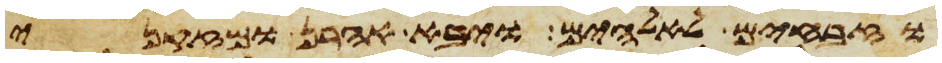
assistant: וזבחים לאלהים ויבא אהרן ומזקני